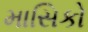
માસિકો